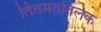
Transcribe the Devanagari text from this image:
तितमततिलक